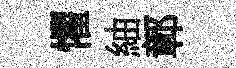
懼紬鄣